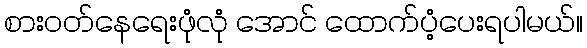
စားဝတ်နေရေးဖုံလုံ အောင် ထောက်ပံ့ပေးရပါမယ်။